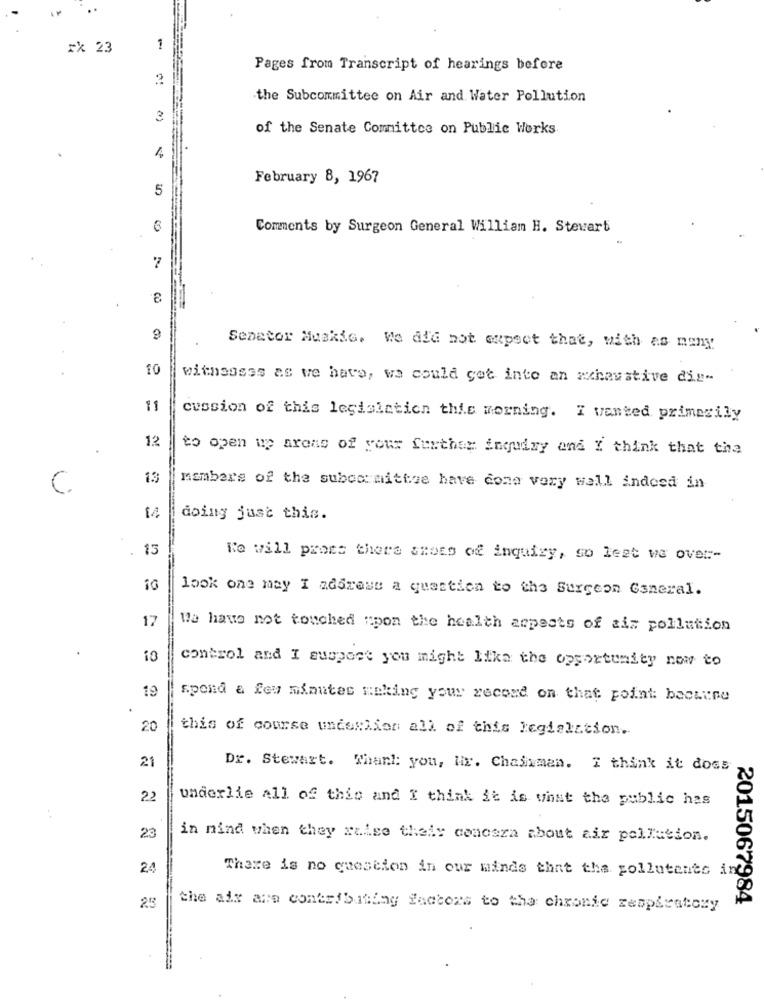
rx 23
1
Pages from Transcript of hearings before
the Subcommittee on Air and Water Pollution
3
of the Senate Committee on Public Works
4
February 8, 1967
5
8
Comments by Surgeon General William H. Stewart
7
9
Senator Muskie. We ald not expect that, with as many
10
withsssss as we have, we could get into an Exhaustive dig-
11
cussion of this legislation this morning. I wanted primarily
12
to open up areas of your further inquiry and I think that the
13
C
members of the subcommittee have come very wall indeed in
14
doing just this.
. 13
We will press there shots of inquiry, so lest wa over-
look one may I address a question to the Surgeon General.
17
We have not touched upon the health arpests of air pollution
control and I suspect you might like the opportunity now to
19
spond a few minutes making your record on that point: backune
20
this of course underlion all of this legislation.
21
Dr. Stewart. Thank you, lir. Chairman. I think it doss
22
underlie all of this and I think it is what the public has
23
in mind when they raise their concsza about air pollution.
24
There is no question in our minds that the pollutants ind
2015067984
25
the air are contributing factors to tha chronic respiratory